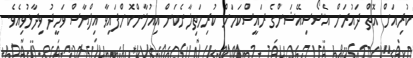
ކުރިއަށް އޮތް ދައުރަށް އެސޯސިއޭޝަންގެ ރައީސްކަމަށް ކުރިމަތިލާނެކަން އިއުލާންކޮށްފައިވާ އިލްޔާސް ވަހީދު ވިދާޅުވިއެވެ.